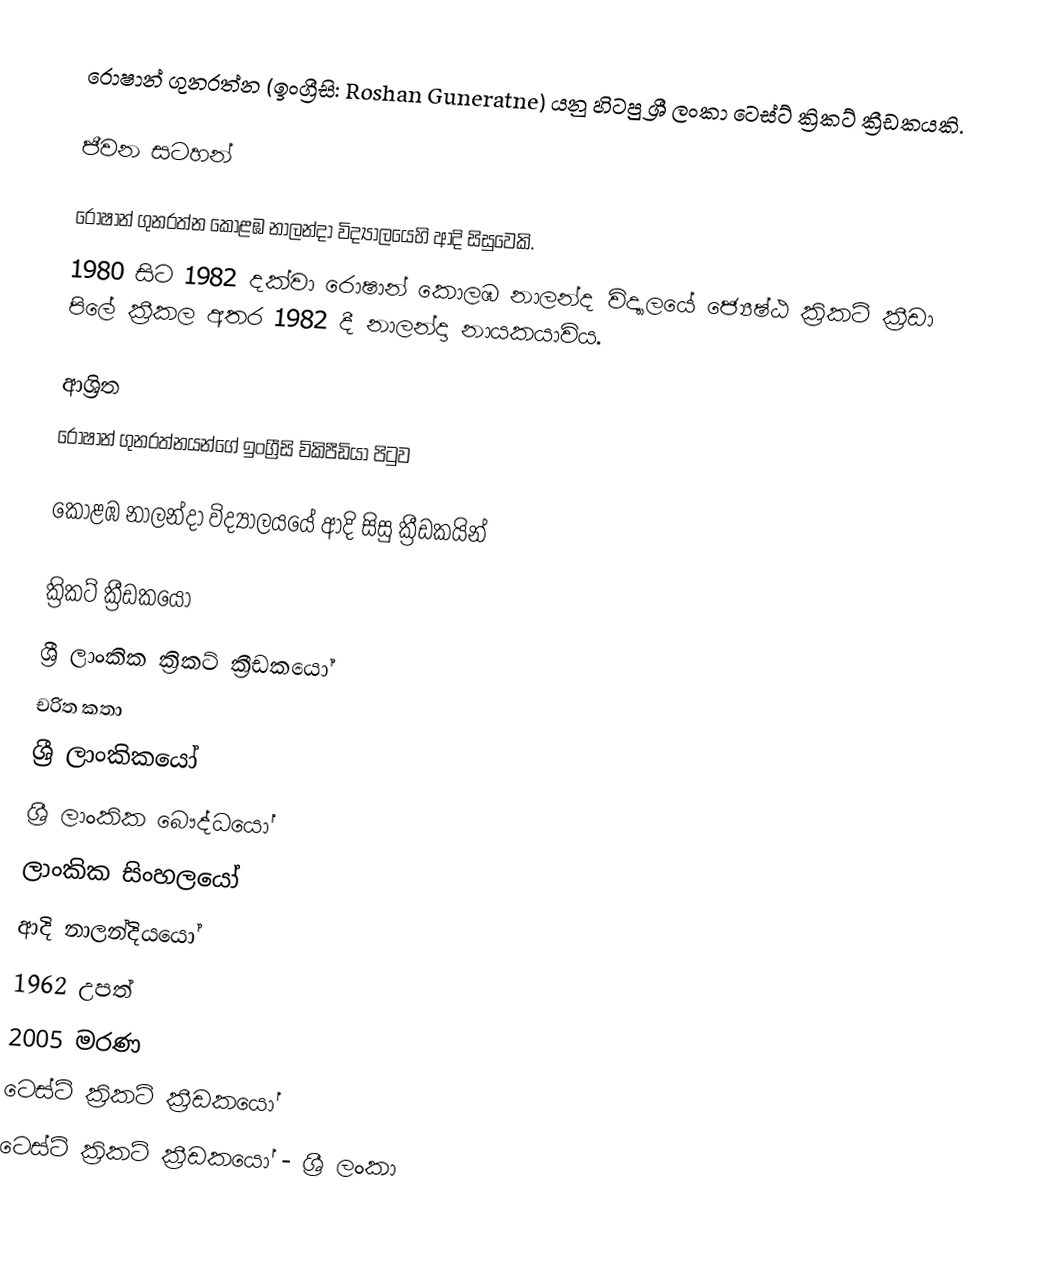
රොෂාන් ගුනරත්න (ඉංග්‍රීසි: Roshan Guneratne) යනු හිටපු ශ්‍රී ලංකා ටෙස්ට් ක්‍රිකට් ක්‍රීඩකයකි.

ජීවන සටහන්

රොෂාන් ගුනරත්න  කොළඹ නාලන්දා විද්‍යා‍ලයෙහි ආදි සිසුවෙකි.
1980 සිට 1982 දක්වා රොෂාන් කොලඹ නාලන්ද  විද්‍යාලයේ  ජ්‍යෙෂ්ඨ ක්‍රිකට් ක්‍රීඩා පිලේ ක්‍රීකල අතර 1982 දී නාලන්දා නායකයාවිය.

ආශ්‍රිත
රොෂාන් ගුනරත්නයන්ගේ ඉංග්‍රීසි විකිපීඩියා පිටුව

කොළඹ නාලන්දා විද්‍යාලයයේ ආදි සිසු ක්‍රීඩකයින්

ක්‍රිකට් ක්‍රීඩකයෝ
ශ්‍රී ලාංකික ක්‍රිකට් ක්‍රීඩකයෝ
චරිත කතා
ශ්‍රී ලාංකිකයෝ
ශ්‍රී ලාංකික බෞද්ධයෝ
ලාංකික සිංහලයෝ
ආදි නාලන්දියයෝ
1962 උපත්
2005 මරණ
ටෙස්ට් ක්‍රිකට් ක්‍රීඩකයෝ
ටෙස්ට් ක්‍රිකට් ක්‍රීඩකයෝ - ශ්‍රී ලංකා